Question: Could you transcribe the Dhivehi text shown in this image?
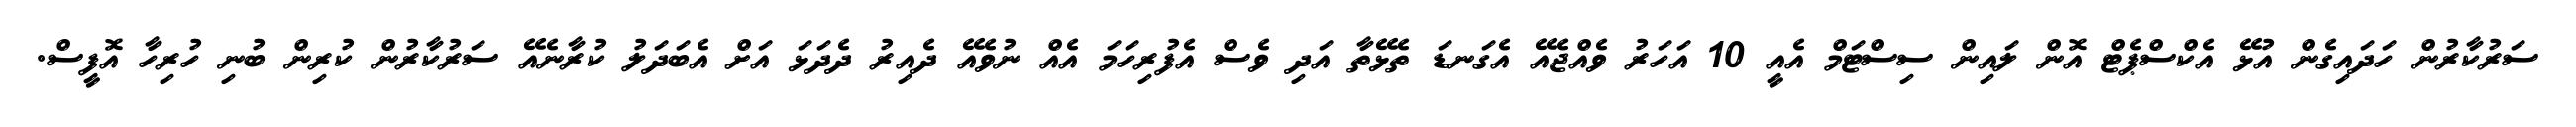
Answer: ސަރުކާރުން ހަދައިގެން އުޅޭ އެކްސްޕެޓް އޮން ލައިން ސިސްޓަމް އެއީ 10 އަހަރު ވެއްޖެއޭ އެގަނޑަ ތެޅޭތާ އަދި ވެސް އެފުރިހަމަ އެއް ނުވެއޭ ދެއިރު ދެދަޅަ އަށް އެބަދަލު ކުރާނެއޭ ސަރުކާރުން ކުރިން ބުނި ހުރިހާ އޮފީސް.